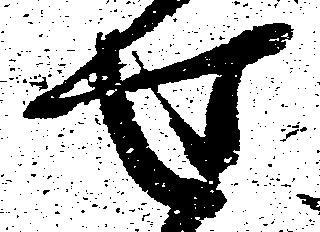
せ